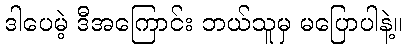
ဒါပေမဲ့ ဒီအကြောင်း ဘယ်သူမှ မပြောပါနဲ့။